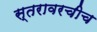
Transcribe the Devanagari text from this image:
स्तरावरचीच